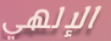
الإلهي